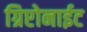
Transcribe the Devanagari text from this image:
ग्रिप्टोनाईट